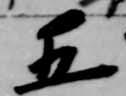
五